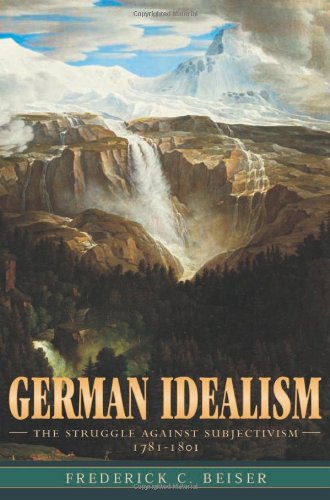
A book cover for German Idealism: The Struggle against Subjectivism, 1781-1801; Frederick C. Beiser; Politics & Social Sciences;